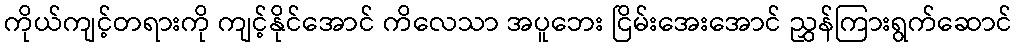
ကိုယ်ကျင့်တရားကို ကျင့်နိုင်အောင် ကိလေသာ အပူဘေး ငြိမ်းအေးအောင် ညွှန်ကြားရွက်ဆောင်